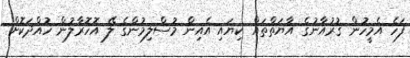
ފަހެ އެމީހުން ޤުރުއާނުގެ އާޔަތްތައް ކިޔައި އެއިން މުސްލިމުންގެ ލޭ އޮހޮރާލުން ހުއްދަކޮށް